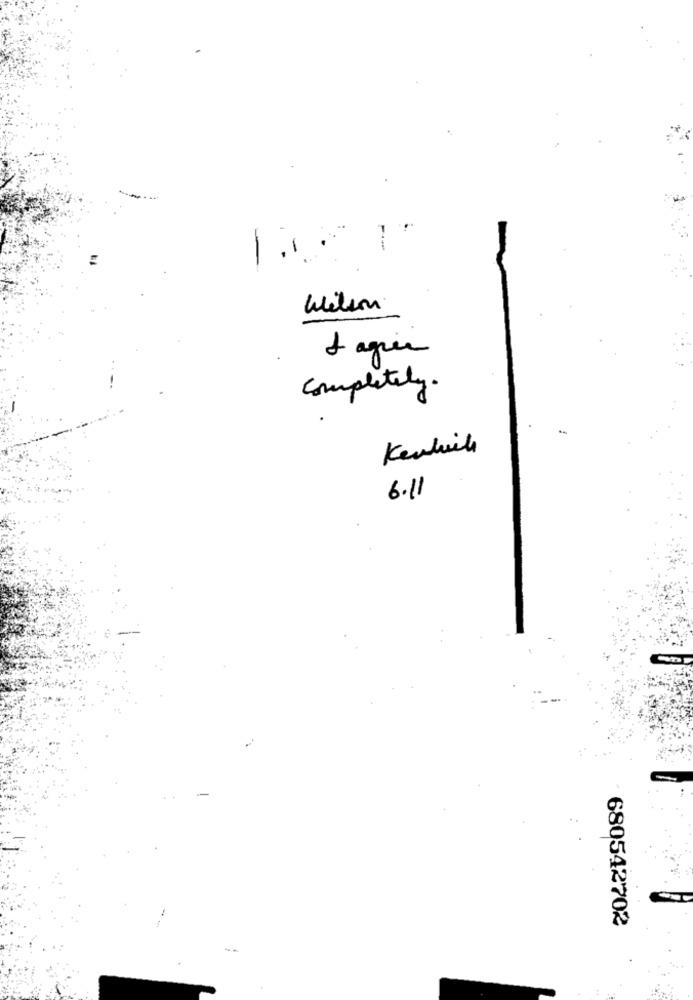
---
Wilson
Lagrer
completely.
Kentich
6.11
680542702